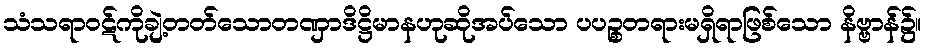
သံသရာဝဋ်ကိုချဲ့တတ်သောတဏှာဒိဋ္ဌိမာနဟုဆိုအပ်သော ပပဉ္စတရားမရှိရာဖြစ်သော နိဗ္ဗာန်၌။